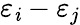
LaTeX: \varepsilon_{\mathit{i}}-\varepsilon_{j}